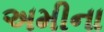
અમીના